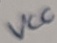
Text: VCC